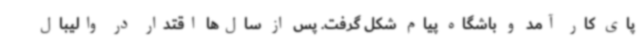
پای کار آمد و باشگاه پیام شکل گرفت. پس از سال‌ها اقتدار در والیبال